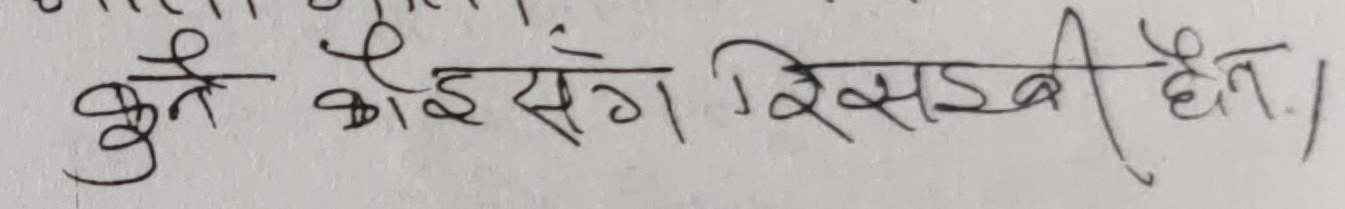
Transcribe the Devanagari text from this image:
कुत्ते कोई संग रिसाए हैं।